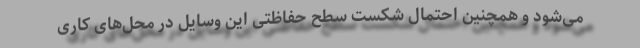
می‌شود و همچنین احتمال شکست سطح حفاظتی این وسایل در محل‌های کاری